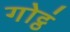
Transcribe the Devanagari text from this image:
गोट्ठं